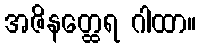
အဇိနတ္ထေရ ဂါထာ။